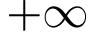
+ \infty